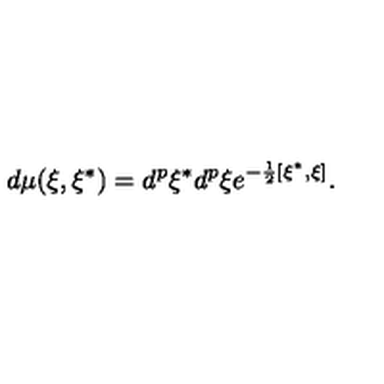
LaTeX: d \mu ( \xi , \xi ^ { * } ) = d ^ { p } \xi ^ { * } d ^ { p } \xi e ^ { - \frac 1 2 [ \xi ^ { * } , \xi ] } .